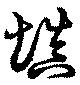
填